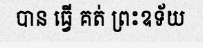
បាន ធ្វើ គត់ ព្រះឧទ័យ